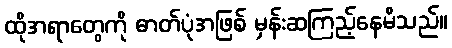
ထိုအရာတွေကို ဓာတ်ပုံအဖြစ် မှန်းဆကြည့်နေမိသည်။